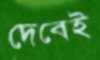
দেবেই